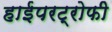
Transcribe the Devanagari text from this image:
हाईपरट्रोफी